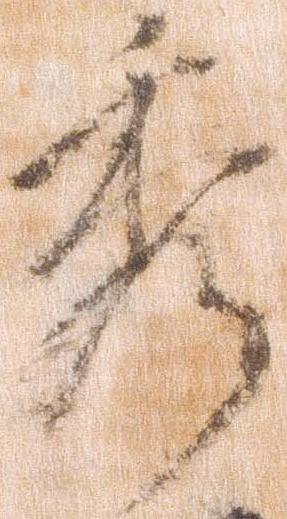
秀